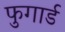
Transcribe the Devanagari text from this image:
फुगार्ड